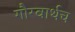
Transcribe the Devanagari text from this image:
गौरवार्थच